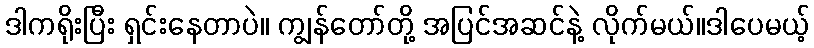
ဒါကရိုးပြီး ရှင်းနေတာပဲ။ ကျွန်တော်တို့ အပြင်အဆင်နဲ့ လိုက်မယ်။ဒါပေမယ့်